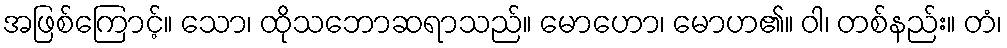
အဖြစ်ကြောင့်။ သော၊ ထိုသဘောဆရာသည်။ မောဟော၊ မောဟ၏။ ဝါ၊ တစ်နည်း။ တံ၊